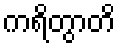
ကရိတွာတိ